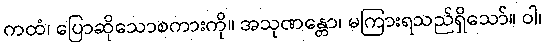
ကထံ၊ ပြောဆိုသောစကားကို။ အသုဏန္တော၊ မကြားရသည်ရှိသော်။ ဝါ၊